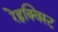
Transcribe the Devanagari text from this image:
रेह्नक्विस्ट